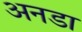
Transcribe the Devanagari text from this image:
अनडा